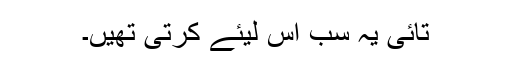
تائی یہ سب اس لیئے کرتی تھیں۔